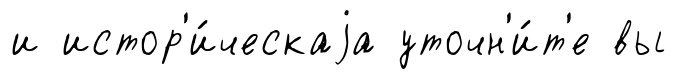
и истор'и́ческаjа уточн'и́т'е вы